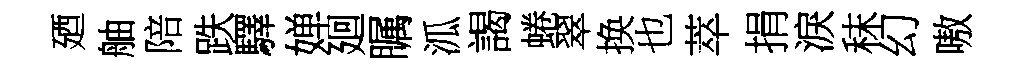
廼舳陪跌驛婵廻瞩泒謁蜷翠换也萃捐淚秣幻嗷